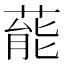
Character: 𮐝